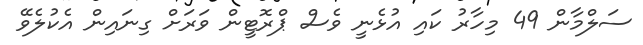
ސަލްމާން 49 މިހާރު ކައި އުޅެނީ ވެސް ޕްރޮޓީން ވަރަށް ގިނައިން އެކުލެވޭ